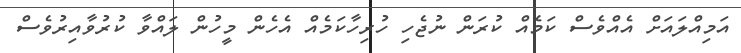
އަމިއްލައަށް އެއްވެސް ކަމެއް ކުރަން ނުޖެހި ހުރިހާކަމެއް އެހެން މީހުން ލައްވާ ކުރުވާއިރުވެސް